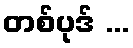
တစ်ပုဒ် ...